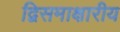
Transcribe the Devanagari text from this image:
द्विसमाक्षारीय